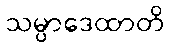
သမ္ပာဒေထာတိ